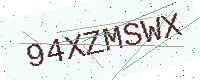
Text: 94XZMSWX